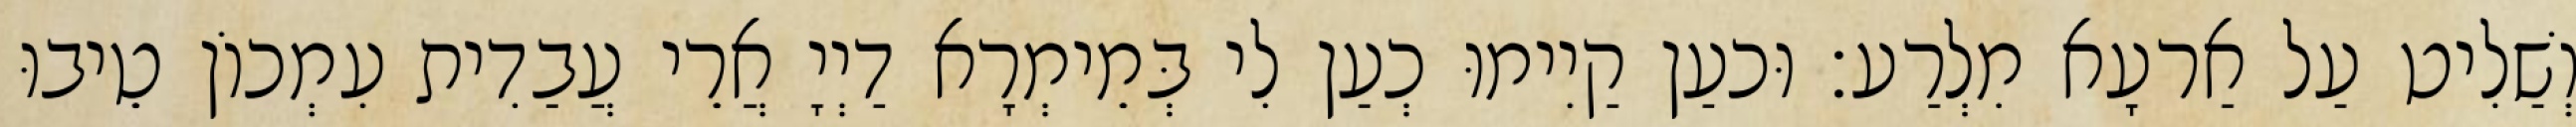
וְשַׁלִיט עַל אַרעָא מִלְרַע׃ וּכעַן קַיִימוּ כְעַן לִי בְּמֵימְרָא דַיְיָ אֲרֵי עֲבַדִית עִמְכוֹן טֵיבוּ